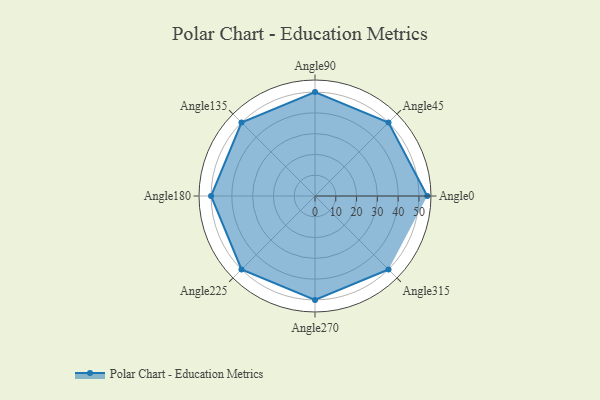
{"axis": {"x": "Angle", "y": "Radius"}, "legend": [""], "data": [{"x": "Angle0", "y": 54.0, "type": ""}, {"x": "Angle45", "y": 50, "type": ""}, {"x": "Angle90", "y": 50, "type": ""}, {"x": "Angle135", "y": 50, "type": ""}, {"x": "Angle180", "y": 50, "type": ""}, {"x": "Angle225", "y": 50, "type": ""}, {"x": "Angle270", "y": 50, "type": ""}, {"x": "Angle315", "y": 50, "type": ""}]}